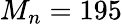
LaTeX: M_{n}=195